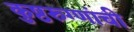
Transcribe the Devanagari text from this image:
कुष्ठरुग्णांची